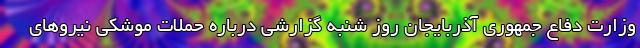
وزارت دفاع جمهوری آذربایجان روز شنبه گزارشی درباره حملات موشکی نیروهای